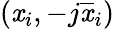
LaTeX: (\mathit{x}_{i},-j\overline{{{\mathit{x}}}}_{i})